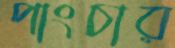
পাংচার